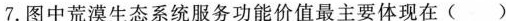
7.图中荒漠生态系统服务功能价值最主要体现在 ( )